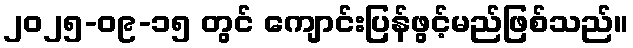
၂၀၂၅-၀၉-၁၅ တွင် ကျောင်းပြန်ဖွင့်မည်ဖြစ်သည်။